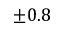
\pm 0 . 8